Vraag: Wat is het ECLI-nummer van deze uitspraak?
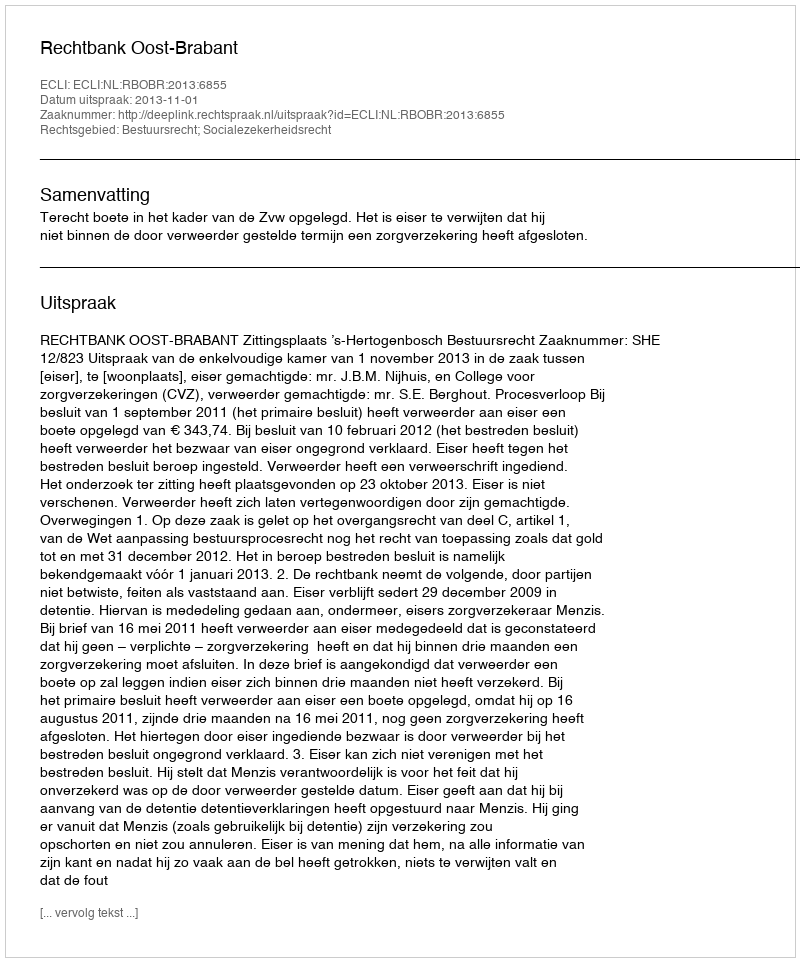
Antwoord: ECLI:NL:RBOBR:2013:6855